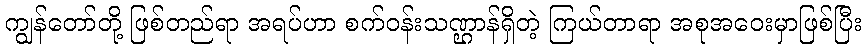
ကျွန်တော်တို့ ဖြစ်တည်ရာ အရပ်ဟာ စက်ဝန်းသဏ္ဌာန်ရှိတဲ့ ကြယ်တာရာ အစုအဝေးမှာဖြစ်ပြီး